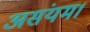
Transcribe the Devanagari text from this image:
असंयम।